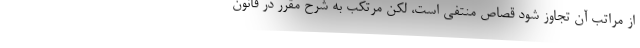
از مراتب آن تجاوز شود قصاص منتفی است، لکن مرتکب به شرح مقرر در قانون